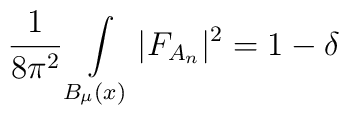
{1\over 8\pi^2}\int\limits_{B_\mu (x)}\vert F_{A_n}\vert^2=1-\delta